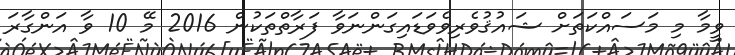
ވީމާ މި މަސައްކަތަށް ޝައުޤުވެރިވެވަޑައިގަންނަވާ ފަރާތްތަކުން 2016 މޭ 10 ވާ އަންގާރަ